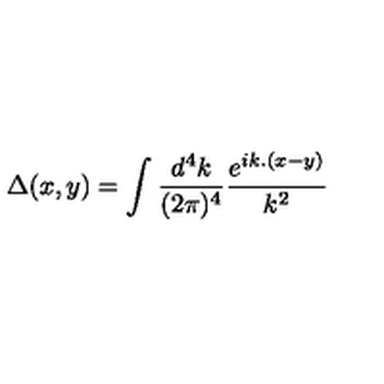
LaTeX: \Delta ( x , y ) = \int \frac { d ^ { 4 } k } { ( 2 \pi ) ^ { 4 } } \frac { e ^ { i k . ( x - y ) } } { k ^ { 2 } }